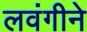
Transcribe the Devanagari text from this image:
लवंगीने